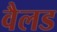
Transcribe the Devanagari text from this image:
वैलड